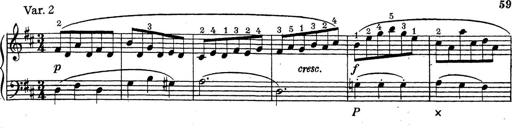
Title: ÄŒeskÃ© Sonatiny
Composer: Various